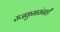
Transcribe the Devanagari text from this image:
राजकुमारांनाही